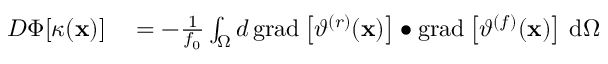
\begin{array} { r l } { D \Phi [ \kappa ( \mathbf { x } ) ] } & { { } = - \frac { 1 } { f _ { 0 } } \int _ { \Omega } d \, \mathrm { g r a d } \left[ \vartheta ^ { ( r ) } ( \mathbf { x } ) \right] \bullet \mathrm { g r a d } \left[ \vartheta ^ { ( f ) } ( \mathbf { x } ) \right] \, \mathrm { d } \Omega } \end{array}